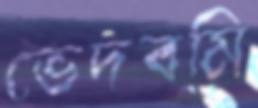
ভেদবমি